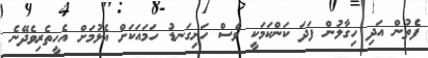
ފެތުން އަދި ހިގާލުން ފަދަ ކަންކަމަކީ ވެސް ހަށިގަނޑު ހަމައަކަށް އެޅުމަށް އެހީތެރިވެދޭނެ